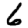
Digit: 6